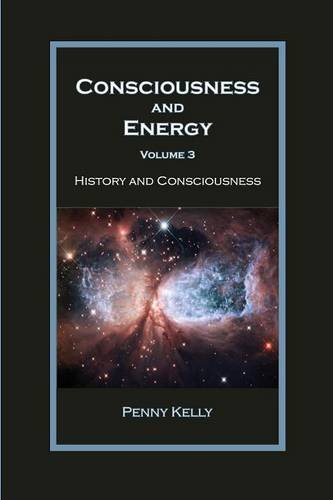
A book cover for Consciousness and Energy, Vol. 3; Penny Kelly; Religion & Spirituality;